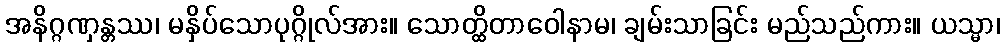
အနိဂ္ဂဏှန္တဿ၊ မနှိပ်သောပုဂ္ဂိုလ်အား။ သောတ္ထိတာဝေါနာမ၊ ချမ်းသာခြင်း မည်သည်ကား။ ယသ္မာ၊